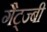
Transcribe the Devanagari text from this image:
गैट्ज्बी